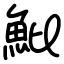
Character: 魮